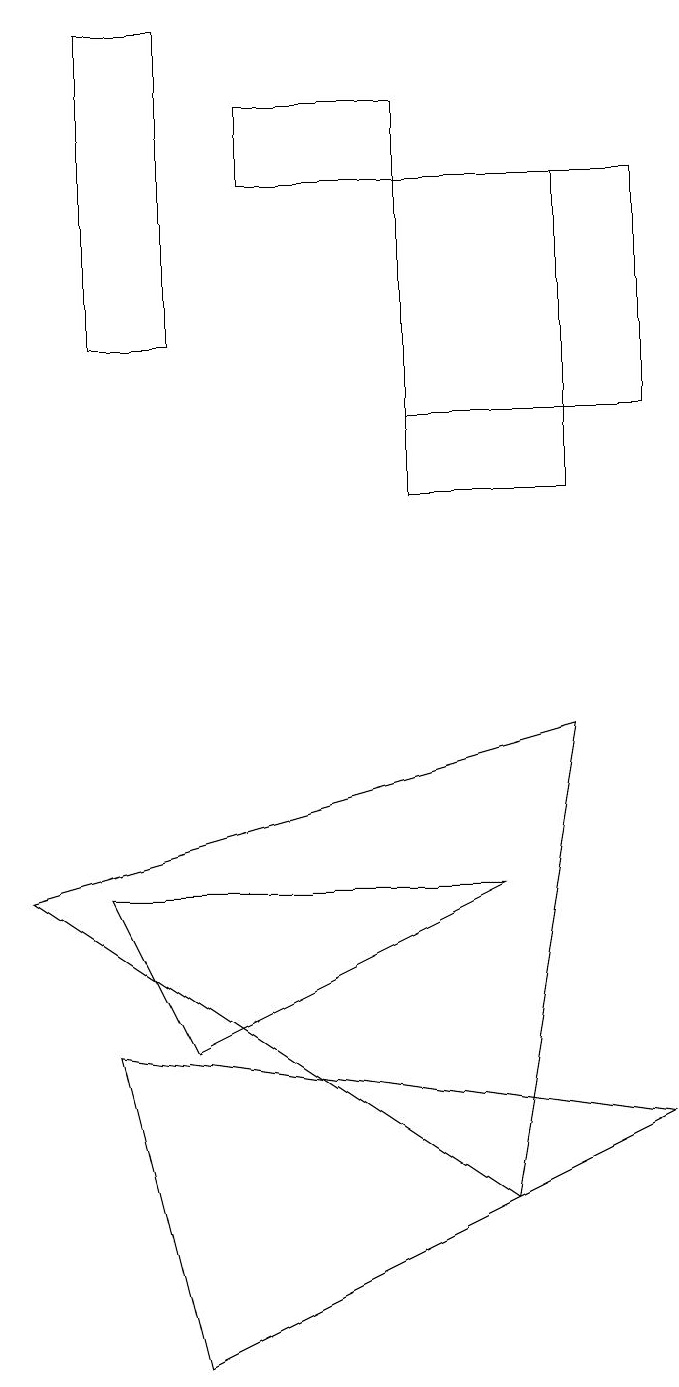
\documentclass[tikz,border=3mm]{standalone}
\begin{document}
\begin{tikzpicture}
\draw (6,12) rectangle (9,15);
\draw (6,11) rectangle (8,15);
\draw (9,3) -- (2,4) -- (3,0) -- cycle;
\draw (3,4) -- (7,6) -- (2,6) -- cycle;
\draw (8,8) -- (7,2) -- (1,6) -- cycle;
\draw (4,15) rectangle (6,16);
\draw (3,13) rectangle (2,17);
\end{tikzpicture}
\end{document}